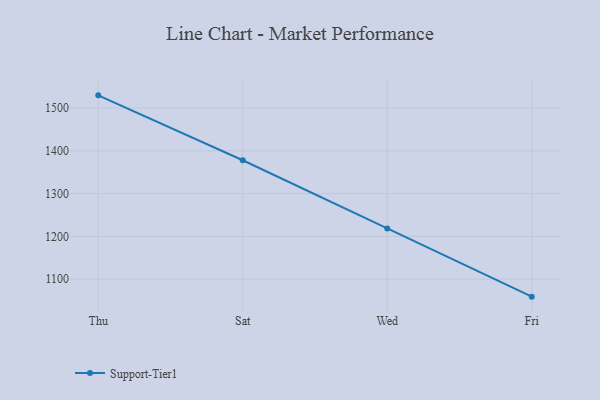
{"axis": {"x": "Day", "y": "Demand Index"}, "legend": ["Support-Tier1"], "data": [{"x": "Thu", "y": 1529.7, "type": "Support-Tier1"}, {"x": "Sat", "y": 1378.0, "type": "Support-Tier1"}, {"x": "Wed", "y": 1218.6, "type": "Support-Tier1"}, {"x": "Fri", "y": 1059.0, "type": "Support-Tier1"}]}